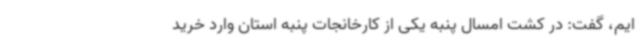
ایم، گفت: در کشت امسال پنبه یکی از کارخانجات پنبه استان وارد خرید